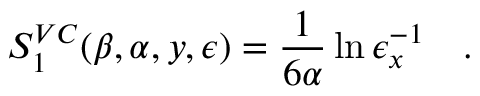
S _ { 1 } ^ { V C } ( \beta , \alpha , y , \epsilon ) = { \frac { 1 } { 6 \alpha } } \ln { \epsilon _ { x } ^ { - 1 } } ~ ~ ~ .